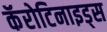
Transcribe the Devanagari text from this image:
कॅरोटिनाइड्स